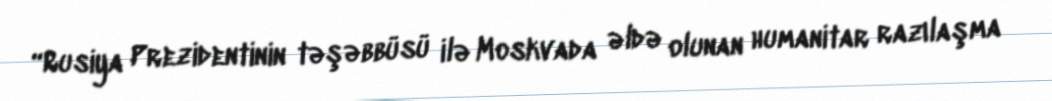
“Rusiya Prezidentinin təşəbbüsü ilə Moskvada əldə olunan humanitar razılaşma